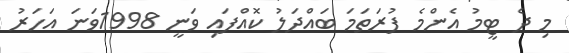
މި ދެ ޓީމު އެންމެ ފުރަތަމަ ބައްދަލު ކޮއްފައި ވަނީ 1998ވަނަ އަހަރު